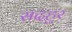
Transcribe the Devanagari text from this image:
सदहुर